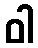
ဝါ